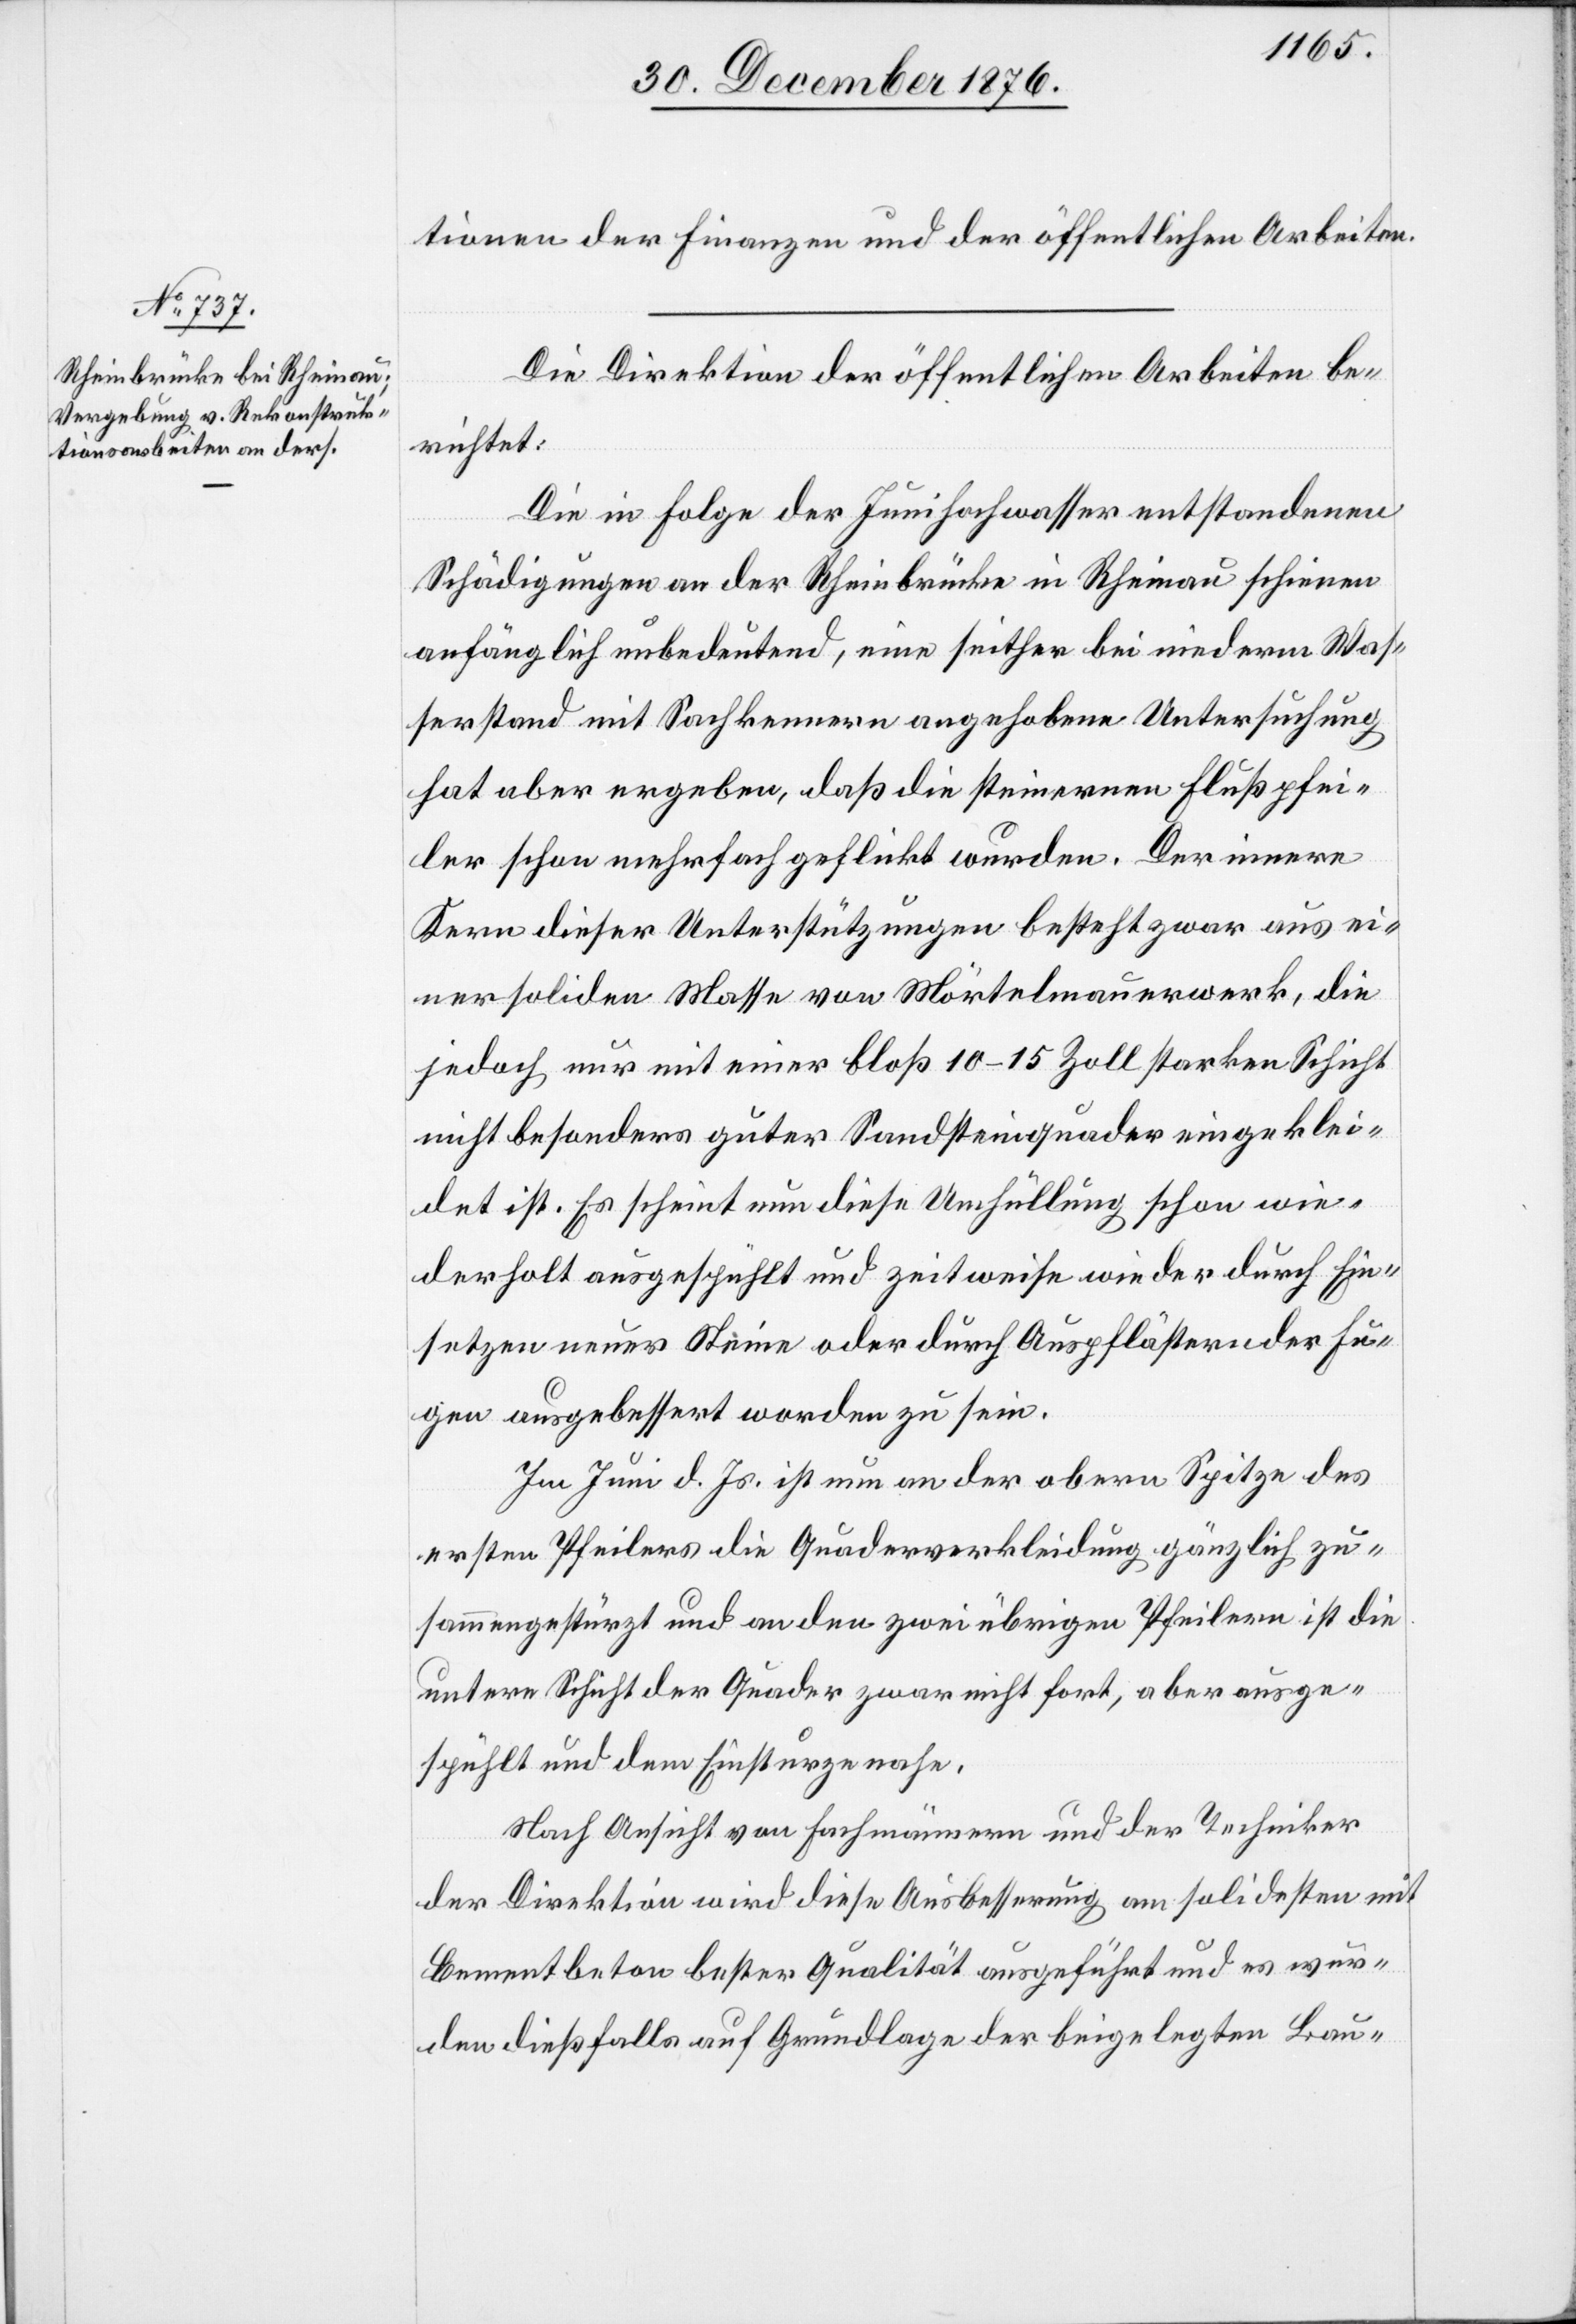
tionen der Finanzen und der öffentlichen Arbeiten.
Die Direktion der öffentlichen Arbeiten be¬
richtet:
Die in Folge der Junihochwasser entstandenen
Schädigungen an der Rheinbrücke in Rheinau schienen
anfänglich unbedeutend, eine seither bei niederm Was¬
serstand mit Sachkennern angehobene Untersuchung
hat aber ergeben, daß die steinernen Flußpfei¬
ler schon mehrfach geflickt wurden. Der innere
Kern dieser Unterstützungen besteht zwar aus ei¬
ner soliden Masse von Mörtelmauerwerk, die
jedoch nur mit einer bloß 10–15 Zoll starken Schicht
nicht besonders guter Sandsteinquader eingeklei¬
det ist. Es scheint nun diese Umhüllung schon wie¬
derholt ausgespühlt und zeitweise wieder durch Ein¬
setzen neuer Steine oder durch Auspflästern oder Fu¬
gen ausgebessert worden zu sein.
Im Juni d. Js. ist nun an der obern Spitze des
ersten Pfeilers die Quaderverkleidung gänzlich zu¬
sammengestürzt und an den zwei übrigen Pfeilern ist die
untere Schicht der Quader zwar nicht fort, aber ausge¬
spühlt und dem Einsturze nahe.
Nach Ansicht von Fachmännern und der Techniker
der Direktion wird diese Ausbesserung am solidesten mit
Cementbeton bester Qualität ausgeführt und es wur¬
den dießfalls auf Grundlage der beigelegten Bau-